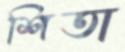
শিতা